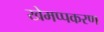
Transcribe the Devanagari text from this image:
खेमप्पकरण